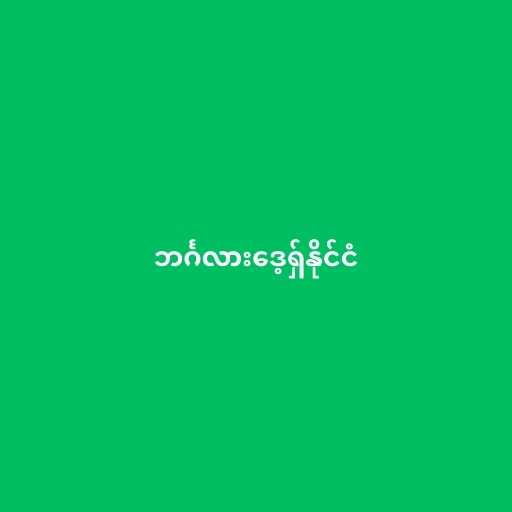
ဘင်္ဂလားဒေ့ရှ်နိုင်ငံ